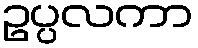
ဥပ္ပလကာ